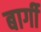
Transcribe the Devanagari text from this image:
बार्गी